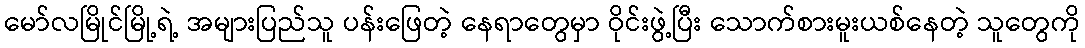
မော်လမြိုင်မြို့ရဲ့ အများပြည်သူ ပန်းဖြေတဲ့ နေရာတွေမှာ ဝိုင်းဖွဲ့ပြီး သောက်စားမူးယစ်နေတဲ့ သူတွေကို